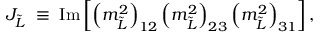
J _ { \tilde { L } } \; \equiv \; \mathrm { I m } \left[ \left( m _ { \tilde { L } } ^ { 2 } \right) _ { 1 2 } \left( m _ { \tilde { L } } ^ { 2 } \right) _ { 2 3 } \left( m _ { \tilde { L } } ^ { 2 } \right) _ { 3 1 } \right] ,